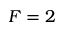
F = 2